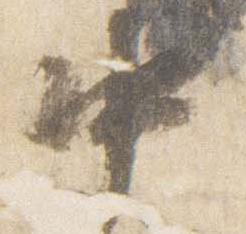
中